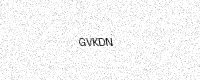
Text: GVKDN